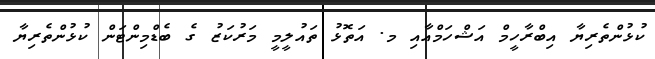
ކުޅުންތެރިޔާ އިބްރާހީމް އަޝްހަމްއާއި މ. އަތޮޅު ތައުލީމީ މަރުކަޒު ގެ ބެޑްމިންޓަން ކުޅުންތެރިޔާ